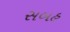
સબહ